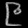
Digit: ၉